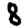
Digit: 8